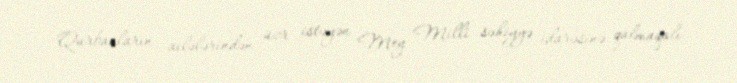
Qurbanların ailələrindən üzr istəyən Mey Milli səhiyyə idarəsinə qalmaqalı